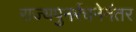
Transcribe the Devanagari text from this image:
राज्यपुनर्रचनेनंतर